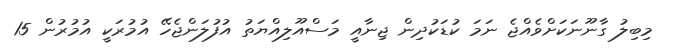
މިބިލު ގާނޫނަކަށްވެއްޖެ ނަމަ ކުޑަކުދިން ޖިނާއީ މަސްއޫލިއްޔަތު އުފުލަންޖެހޭ އުމުރަކީ އުމުރުން 15